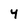
Character: y